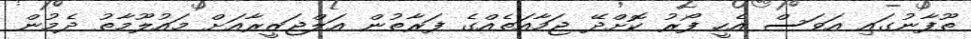
ތޫފާނުގައި އަވަސް އެހީ ފޯރު ކޮށްދޭ ޖަމާއަތެއްގެ ފަރާތުން އަލްޖަޒީރާއަށް މައުލޫމާތު ދެމުން